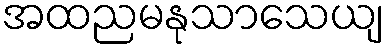
အထညမနုသာသေယျ